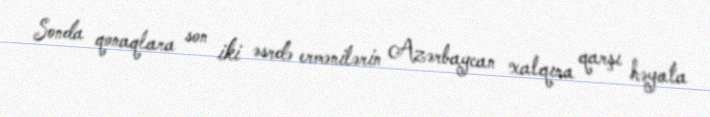
Sonda qonaqlara son iki əsrdə ermənilərin Azərbaycan xalqına qarşı həyata